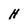
Character: H